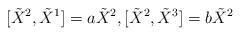
LaTeX: \begin{align*}[\tilde{X}^{2},\tilde{X}^{1}]=a\tilde{X}^{2},[\tilde{X}^{2},\tilde{X}^{3}]=b\tilde{X}^{2}\end{align*}